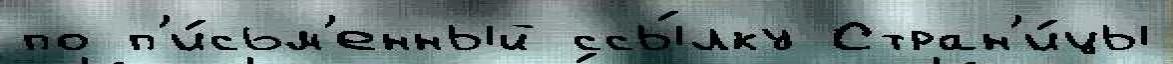
по п'и́сьм'енный ссы́лку Стран'и́цы